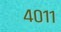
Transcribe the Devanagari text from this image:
४०११